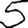
Digit: 5